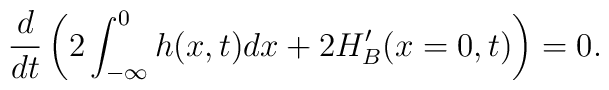
\frac{d}{dt}\left( 2\int ^{0}_{-\infty }h(x,t)dx+2H_{B}^{\prime }(x=0,t)\right) =0.